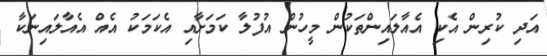
އަދި ކުރިން އެކި އެއާލައިންތަކުން މީހުން އުފުލާ ކަމަށާއި އެކަމަކު އެއް އެއާލައިނަކާ